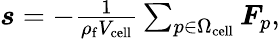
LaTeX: \begin{array}{r}{\boldsymbol{s}=-\frac{1}{\rho_{\mathrm{f}}V_{\mathrm{cell}}}\sum_{p\in\Omega_{\mathrm{cell}}}\boldsymbol{F}_{p},}\end{array}